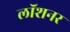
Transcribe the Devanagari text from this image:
लॉशनर